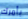
بأمرك